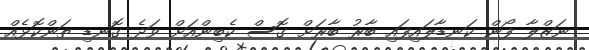
ނަޒްލާ ފޯން ކަނޑާލައިފައި ބާރު ބާރަށް ގޮސް ކެބިންއަށް ވަދެ ގޮނޑި ތަންކޮޅެއް